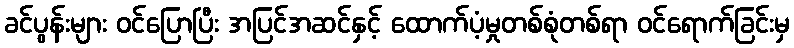
ခင်ပွန်းများ ဝင်ပြောပြီး အပြင်အဆင်နှင့် ထောက်ပံ့မှုတစ်စုံတစ်ရာ ဝင်ရောက်ခြင်းမှ